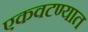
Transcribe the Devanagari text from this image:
एकवटण्यात